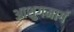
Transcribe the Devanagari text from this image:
आशुगमार्ग